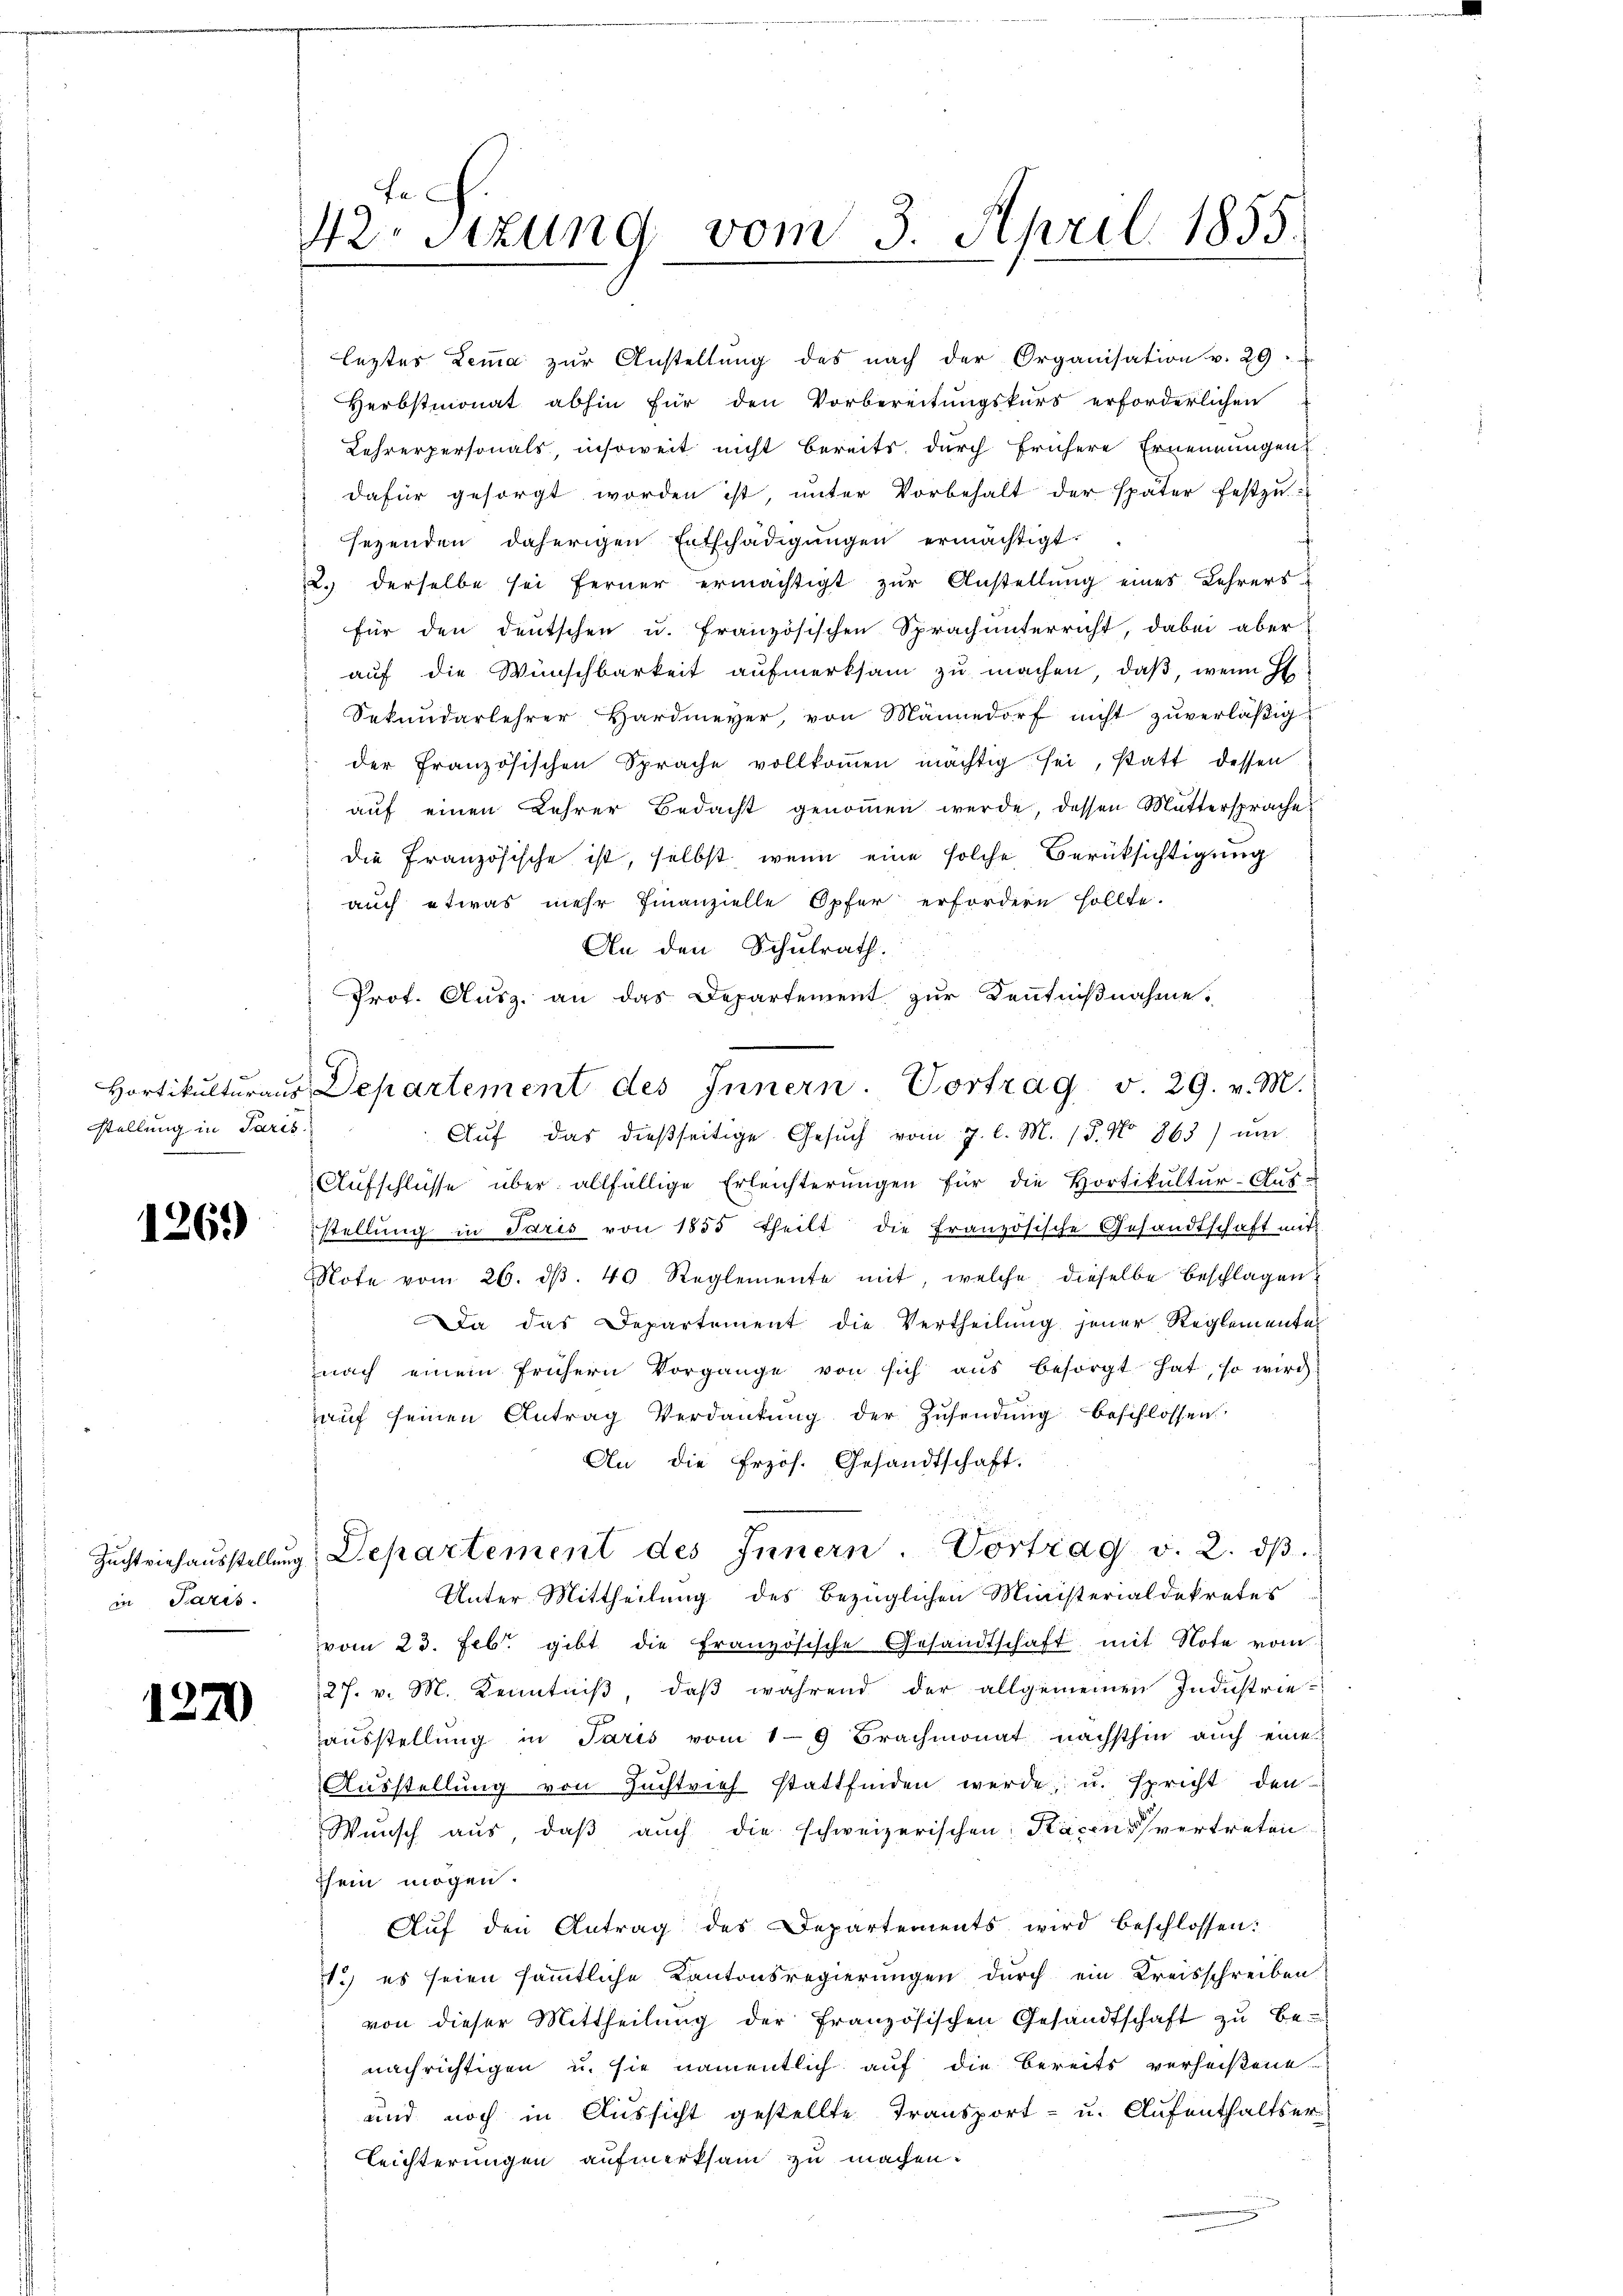
stellung in Paris.

1269

in Paris.

1270)

42. Sitzung vom 3. April 1855.

leztes Lemma zŭr Anstellŭng des nach der Organisation v. 29.
Herbstmonat abhin für den Vorbereitungskurs erforderlichen
Lehrerpersonals, insoweit nicht bereits durch frühere Ernennungen
dafür gesorgt worden ist, unter Vorbehalt der später festzu-
sezenden daherigen Entschädigungen ermächtigt.
2. derselbe sei ferner ermächtigt zur Anstellung eines Lehrers
für den deutschen u. französischen Sprach unterricht, dabei aber
auf die Wünschbarkeit aufmerksam zu machen, daß, wenn H
Sekundarlehrer Hardmeyer, von Männedorf nicht zŭverläßig
der französischen Sprache vollkoṁen mächtig sei, statt dessen
aŭf einen Lehrer Bedacht genoṁen werde, dessen Muttersprache
die Französische ist, selbst, wenn eine solche Berüksichtigung
auch etwas mehr Finanzielle Opfer erfordern sollte.
An den Schulrath.
Prot. Ausz. an das Departement zur Kenntnißnahme.
Hortikultŭraŭs Departement des Innern. Vortrag v. 29. v. M.
Auf das dießseitige Gesŭch vom J. l. M. 15. No 863) ŭm
Aufschlüsse über allfällige Erleichterungen für die Hortikultur-Ausstellŭng in Paris von 1855 theilt die französische Gesandtschaft mit
Mote vom 26. dβ. 40 Reglemente mit, welche dieselbe beschlagen
Da das Departement die Vertheilung jener Reglementes
nach einem frühern Vorgange von sich aŭs besorgt hat, so wird
aŭf seinen Antrag Verdankŭng der Zŭsendŭng beschlossen
An die Erzös. Gesandtschaft.
Zŭchtviehaŭsstellŭng. Departement des Innern. Vortrag v. 2. dβ.
Unter Mittheilung des bezüglichen Ministerialdekretes
vom 23. Febr. gibt die französische Gesandtschaft mit Note vom
27. v. M. Kenntniß, daß während der allgemeinen Industrieausstellung in Paris vom 19 Brachmonat nächsthin auch eine
Aŭsstellŭng von Zŭchtvieh stattfinden werde, u. spricht den
Wunsch aus, daß auch die schweizerischen Käxensvertreten.
sein mögen.
Aŭf den Antrag des Departements wird beschlossen:
11.) es seien sämmtliche Kantonsregierungen durch ein Kreisschreiben
von dieser Mittheilung der französischen Gesandtschaft zu be-
nachrichtigen u. sie namentlich auf die Bereits verheißene
und noch in Aussicht gestellte Transport- u. Aufenthaltser-
Leichterungen aufmerksam zu machen.